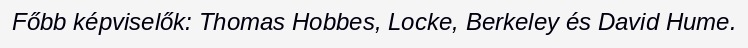
Főbb képviselők: Thomas Hobbes, Locke, Berkeley és David Hume.